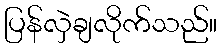
ပြန်လှဲချလိုက်သည်။